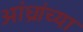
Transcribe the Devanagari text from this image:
आंध्रांच्या